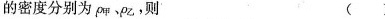
的密度分别为ρ_{甲}﹑ρ_{乙}，则 ()